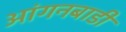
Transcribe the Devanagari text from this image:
आंगनबाडी